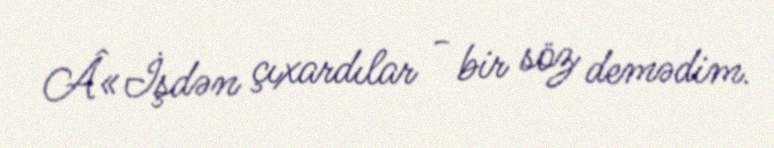
Â«İşdən çıxardılar - bir söz demədim.